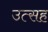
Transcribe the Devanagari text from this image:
उत्सह